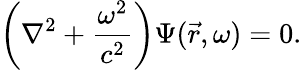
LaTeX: \left(\nabla^{2}+{\frac{\omega^{2}}{c^{2}}}\right)\Psi({\vec{r}},\omega)=0.